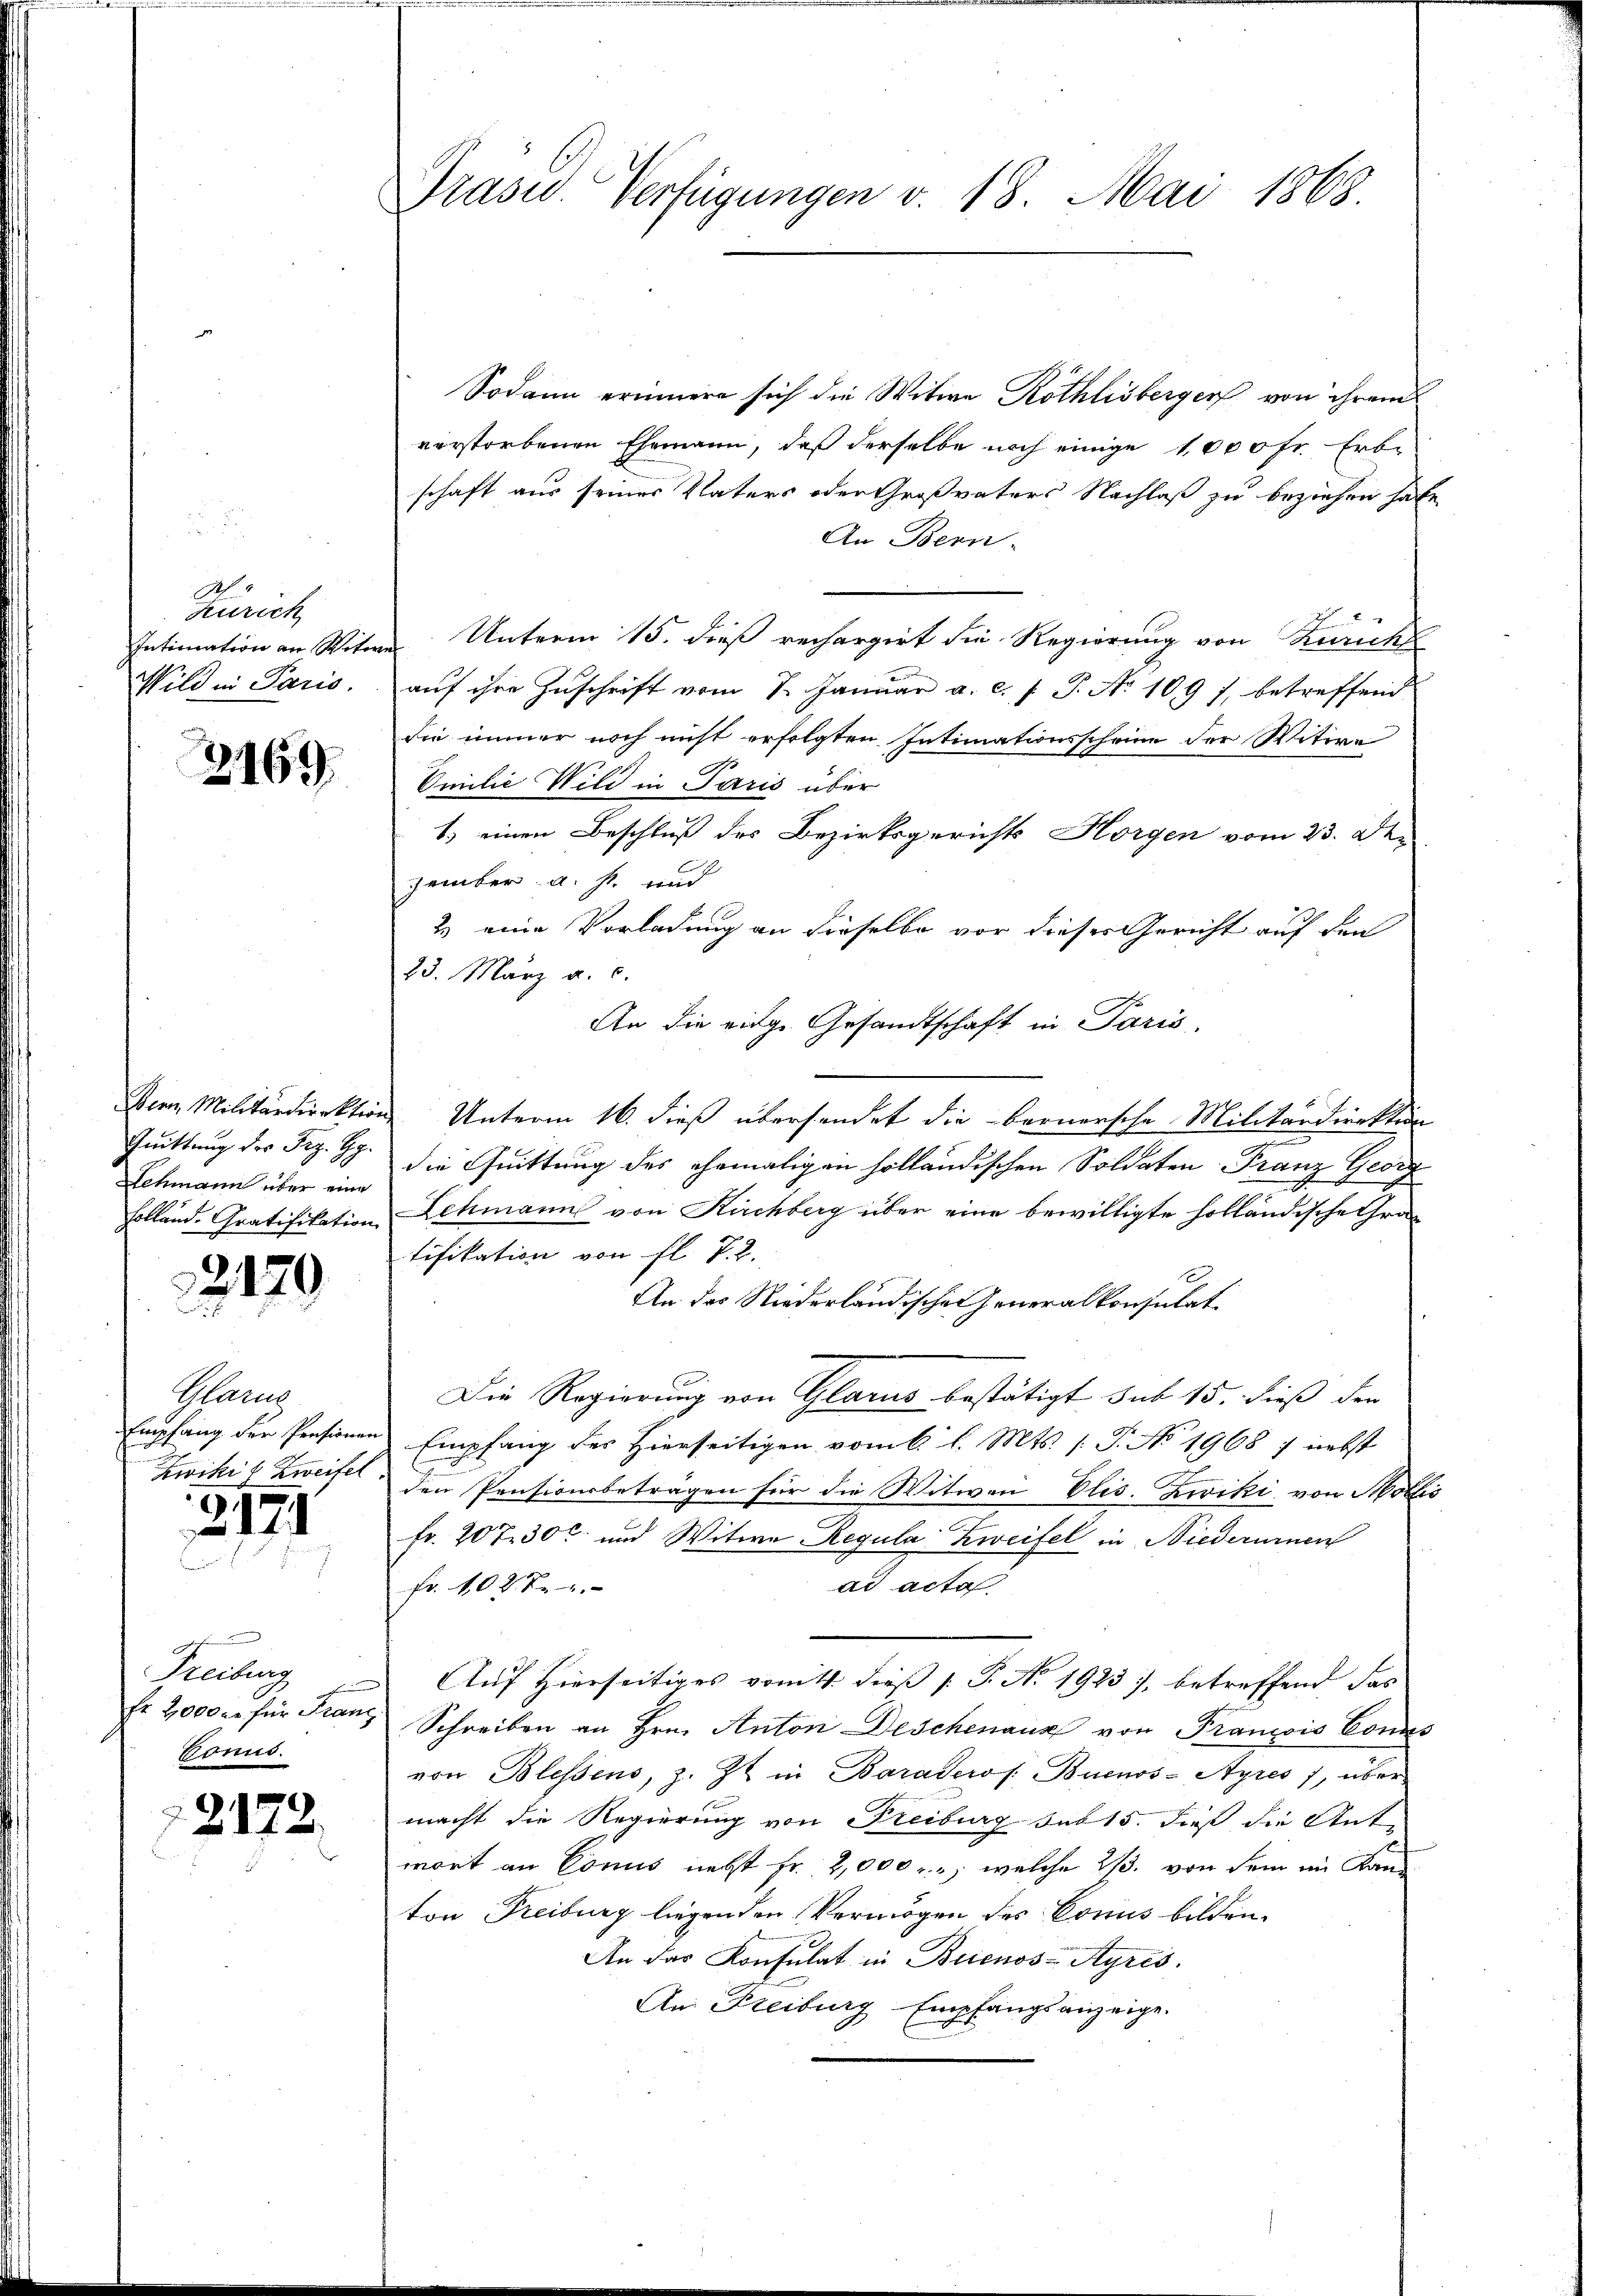
d
Zürich
Intimation an Witt
Wild in Paris.

2169

Bern Militärdirektion
Quittung des Frz. Hy.
Schmann über eine
Polland. Gratifikation

2179

Plarus
Empfang der Pensionen
Zwiki l Zweifel

2121

Freiburg
Fr. 2000 er für Franz
Conus.

2172.

Präsid. Verfügungen v. 18. Mai 1865.

Sodann erinnere sich die Witwe Röthlisberger von ihrem
verstorbenen Ehemann, daß derselbe noch einige 1000fr. Erbe
schaft aus seiner Vaters oder Großvaters Nachlaß zu beziehen habe,
An Bern.
Unterm 15. dieß rechargirt die Regierung von Zürich
auf ihre Zuschrift vom 1. Januar a. c. s. S. No 109 f. betreffend
die immer noch nicht erfolgten Intimationsscheine der Witwe
Omilie Wild in Paris über
1.) einen Beschluß des Bezirksgerichts Horgen vom 23. Okzember a. s. und
2) eine Vorladung an dieselbe vor dieses Gericht auf den
23. März a. c.
An die eige Gesandtschaft in Paris,
Unterm 16. dieß übersendet die bernersche Militärdirektion
.
die Cuittung des ehemaligen holländischen Soldaten Franz Georg
Schmanns von Kirchberg über eine bewilligte holländische Gratifikation von fl. T. 2.
An das Niederländischen Generalkonsulat
Die Regierung von Glarus bestätigt sub 15. dieß den
Empfang des Hierseitigen vom 6. l. Mts. (T. No 1968 / nebst
den Pensionsbetragen für die Witwen Elis. Zwiki von Mollis
fr. 207. 30t und Witwe Regula Zweifel in Niederumnen
ad acta
Fr. 1027.
Auf Hierseitiges vom 11. dieß P. N. 1923), betreffend das
Schreiben an Hrn. Anton Deschenaus von Franzois Conns
von Blessens, z. Zt. in Baraderos: Buenos-Ayres, über
macht die Regierung von Freiburg sub 15. dieß die Ant.
wort an Conus nebst fr. 2,000 f., welche ist. von dem im Kanton Freiburg liegenden Vermögen des Conus bilden.
An das Konsulat in Buenos-Ayres.
An Freiburg Empfangsanzeige.